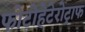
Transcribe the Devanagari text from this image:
फोटोहेटेरोट्राफ